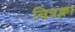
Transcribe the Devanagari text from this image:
चित्रक्ला